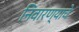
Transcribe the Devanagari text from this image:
निवारण्याचे